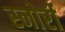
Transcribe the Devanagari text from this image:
स्नोर्री